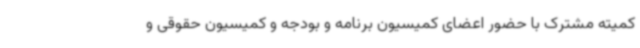
کمیته مشترک با حضور اعضای کمیسیون برنامه و بودجه و کمیسیون حقوقی و